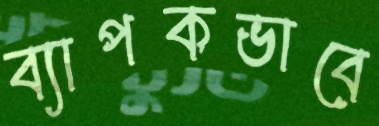
ব্যাপকভাবে